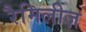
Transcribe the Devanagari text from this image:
रैमिलीज़